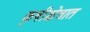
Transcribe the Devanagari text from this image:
कृषीक्षेत्रात